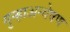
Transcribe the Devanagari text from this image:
गुन्हाअन्वेषण